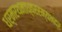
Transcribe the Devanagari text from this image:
धर्मरथमाध्वररम्यभद्र